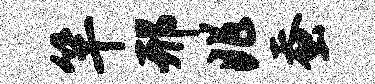
竿邢兆蚕